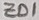
Text: ZD1